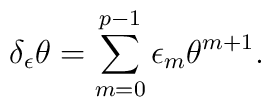
\delta_{\epsilon} \theta=\sum_{m=0}^{p-1} \epsilon_{m}\theta^{m+1} .